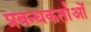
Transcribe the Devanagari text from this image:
प्रबन्धकर्ताओं